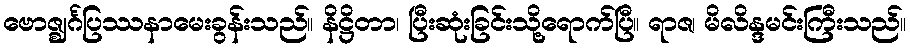
ဗောဇ္ဈင်္ဂပြဿနာမေးခွန်းသည်။ နိဋ္ဌိတာ၊ ပြီးဆုံးခြင်းသို့ရောက်ပြီ။ ရာဇ၊ မိလိန္ဒမင်းကြီးသည်။